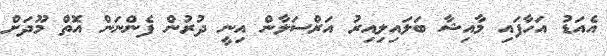
އެއަޑު އަހާފައި މާއިޝާ ބަލައިލިއިރު އަރްސަލާން އިނީ ދުރުން ފެންނަން އޮތް މޫދަށް